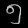
Digit: ၅